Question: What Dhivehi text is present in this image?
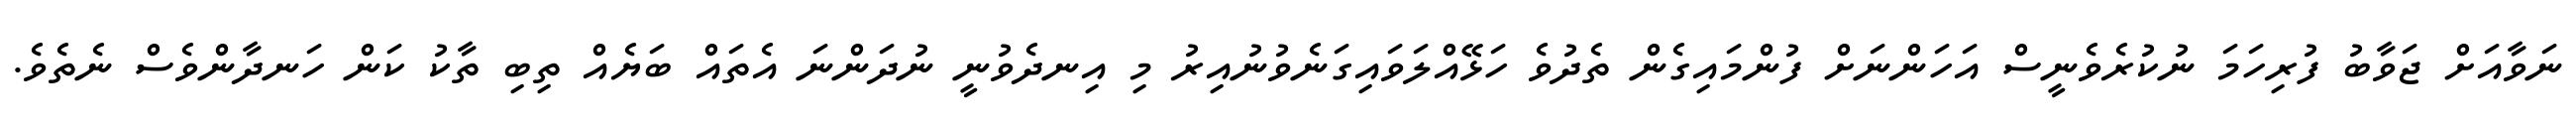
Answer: ނަވާއަށް ޖަވާބު ފުރިހަމަ ނުކުރެވެނީސް އަހަންނަށް ފުންމައިގެން ތެދުވެ ހަޅޭއްލަވައިގަނެވުނުއިރު މި އިނދެވުނީ ނުދަންނަ އެތައް ބަޔެއް ތިބި ތާކު ކަން ހަނދާންވެސް ނެތެވެ.